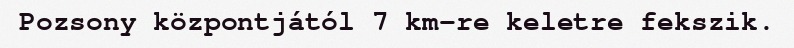
Pozsony központjától 7 km-re keletre fekszik.